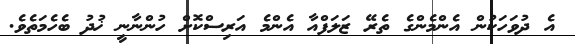
އެ ދުވަހަކުން އެންމެންގެ ތެރޭ ޒަލަފްއާ އެންމެ އަރިސްކޮށް ހުންނާނީ ޚުދު ބެހެމަތެވެ.